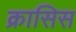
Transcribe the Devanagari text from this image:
क्रासिस